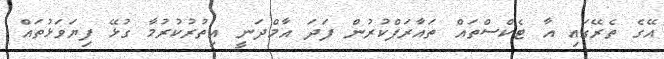
އޭގެ ތެރޭގައި އާ ޓެކްސްތައް ތައާރަފްކުރުން ފަދަ އާމްދަނީ އިތުރުކުރުމާ ގުޅޭ ފިޔަވަޅުތައް